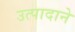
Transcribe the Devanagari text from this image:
उत्पादाने